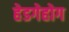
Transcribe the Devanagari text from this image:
हेडगेहोग